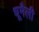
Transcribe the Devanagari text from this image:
धूमैली